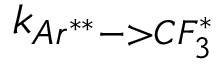
k _ { A r ^ { * * } - > C F _ { 3 } ^ { * } }